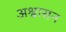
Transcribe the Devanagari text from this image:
अश्वासन